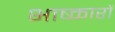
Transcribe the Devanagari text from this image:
भाष्कारों